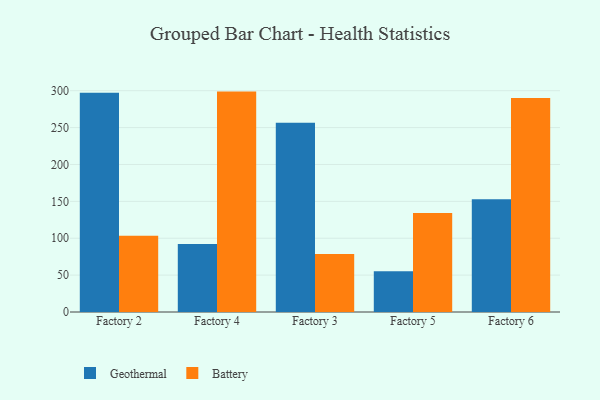
{"axis": {"x": "Factory", "y": "Net Income (USD K)"}, "legend": ["Battery", "Geothermal"], "data": [{"x": "Factory 2", "y": 297.2, "type": "Geothermal"}, {"x": "Factory 2", "y": 103.5, "type": "Battery"}, {"x": "Factory 4", "y": 92.2, "type": "Geothermal"}, {"x": "Factory 4", "y": 298.8, "type": "Battery"}, {"x": "Factory 3", "y": 256.6, "type": "Geothermal"}, {"x": "Factory 3", "y": 78.6, "type": "Battery"}, {"x": "Factory 5", "y": 55.1, "type": "Geothermal"}, {"x": "Factory 5", "y": 134.2, "type": "Battery"}, {"x": "Factory 6", "y": 152.9, "type": "Geothermal"}, {"x": "Factory 6", "y": 290.2, "type": "Battery"}]}